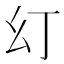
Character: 𭙊